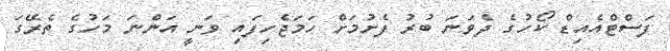
ފަސްޓްއެއިޑް ކޯހުގެ ދެވަނަ ބުރު ފެށުމަށް ހަމަޖެހިފައި ވަނީ އަންނަ މަހުގެ ތެރޭގަ